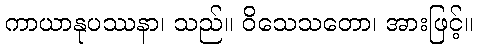
ကာယာနုပဿနာ၊ သည်။ ဝိသေသတော၊ အားဖြင့်။